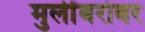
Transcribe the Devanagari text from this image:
मुलींबरोबर